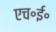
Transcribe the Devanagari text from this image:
एच॰ई॰